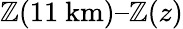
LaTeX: \mathbb{Z}(11\mathrm{{\ km}})–\mathbb{Z}(z)